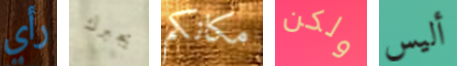
رأي يجبرك مكانكم ولكن أليس